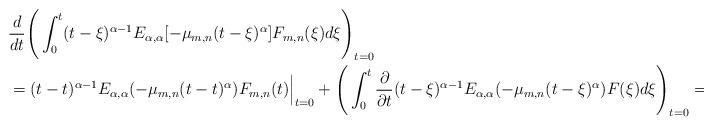
LaTeX: \begin{align*}&\frac{d}{dt}\Bigg( \int_0^t (t-\xi)^{\alpha-1} E_{\alpha, \alpha}[-\mu_{m,n}(t-\xi)^{\alpha}]F_{m,n}(\xi)d\xi\Bigg)_{t=0} \\ &= (t - t)^{\alpha - 1}E_{\alpha, \alpha}(-\mu_{m,n}(t -t)^\alpha)F_{m,n}(t)\Big|_{t=0} + \Bigg(\int_0^t \frac{\partial}{\partial t} (t-\xi)^{\alpha -1}E_{\alpha, \alpha}(-\mu_{m,n}(t - \xi)^{\alpha})F(\xi)d\xi\Bigg)_{t=0} = 0.\end{align*}